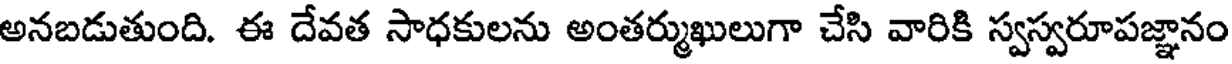
అనబడుతుంది. ఈ దేవత సాధకులను అంతర్ముఖులుగా చేసి వారికి స్వస్వరూపజ్ఞానం